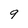
Character: 9